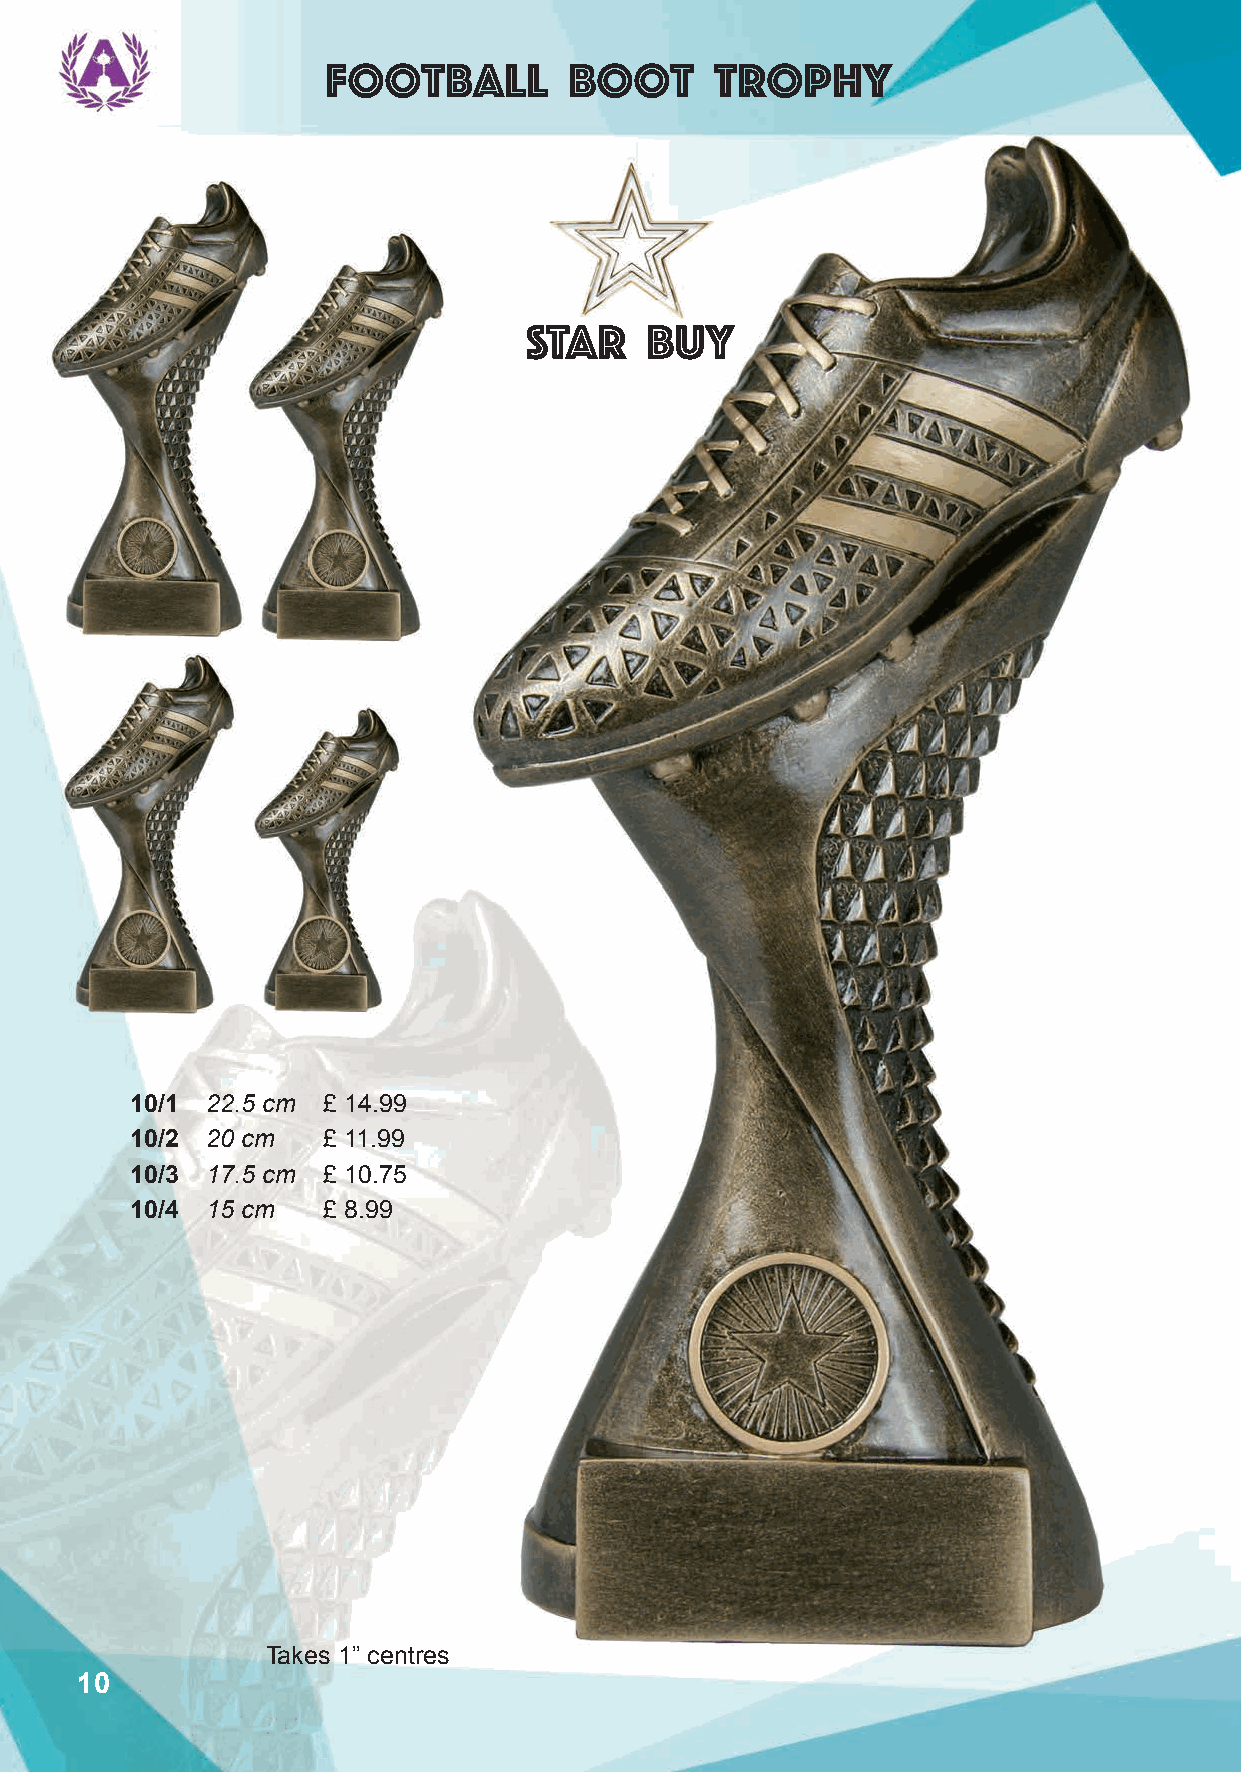
Football        boot     trophy
 STAR    BUY
 10/1 22.5 cm £ 14.99
 10/2 20 cm  £ 11.99
 10/3 17.5 cm £ 10.75
 10/4 15 cm  £ 8.99
 Takes 1” centres
 10